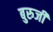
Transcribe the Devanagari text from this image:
बुरुजी